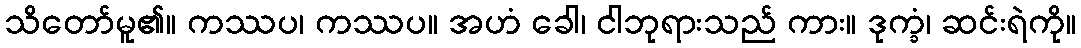
သိတော်မူ၏။ ကဿပ၊ ကဿပ။ အဟံ ခေါ၊ ငါဘုရားသည် ကား။ ဒုက္ခံ၊ ဆင်းရဲကို။